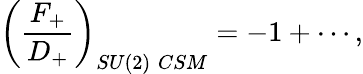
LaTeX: \left(\frac{F_{+}}{D_{+}}\right)_{SU(2)\; CSM}=-1+\cdots,